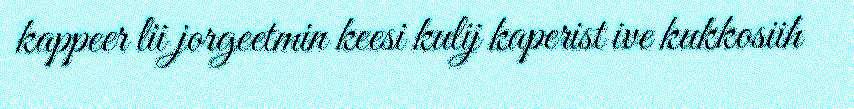
kappeer lii jorgeetmin keesi kulij kaperist ive kukkosiih